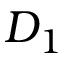
D _ { 1 }